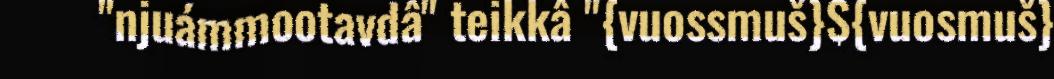
"njuámmootavdâ" teikkâ "{vuossmuš}${vuosmuš}